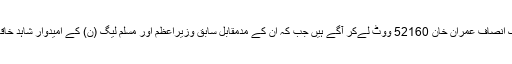
این اے 53 اسلام آباد2 سے چیئرمین تحریک انصاف عمران خان 52160 ووٹ لےکر آگے ہیں جب کہ ان کے مدمقابل سابق وزیراعظم اور مسلم لیگ (ن) کے امیدوار شاہد خاقان عباسی 23220 ووٹ لےکر پیچھے ہیں۔